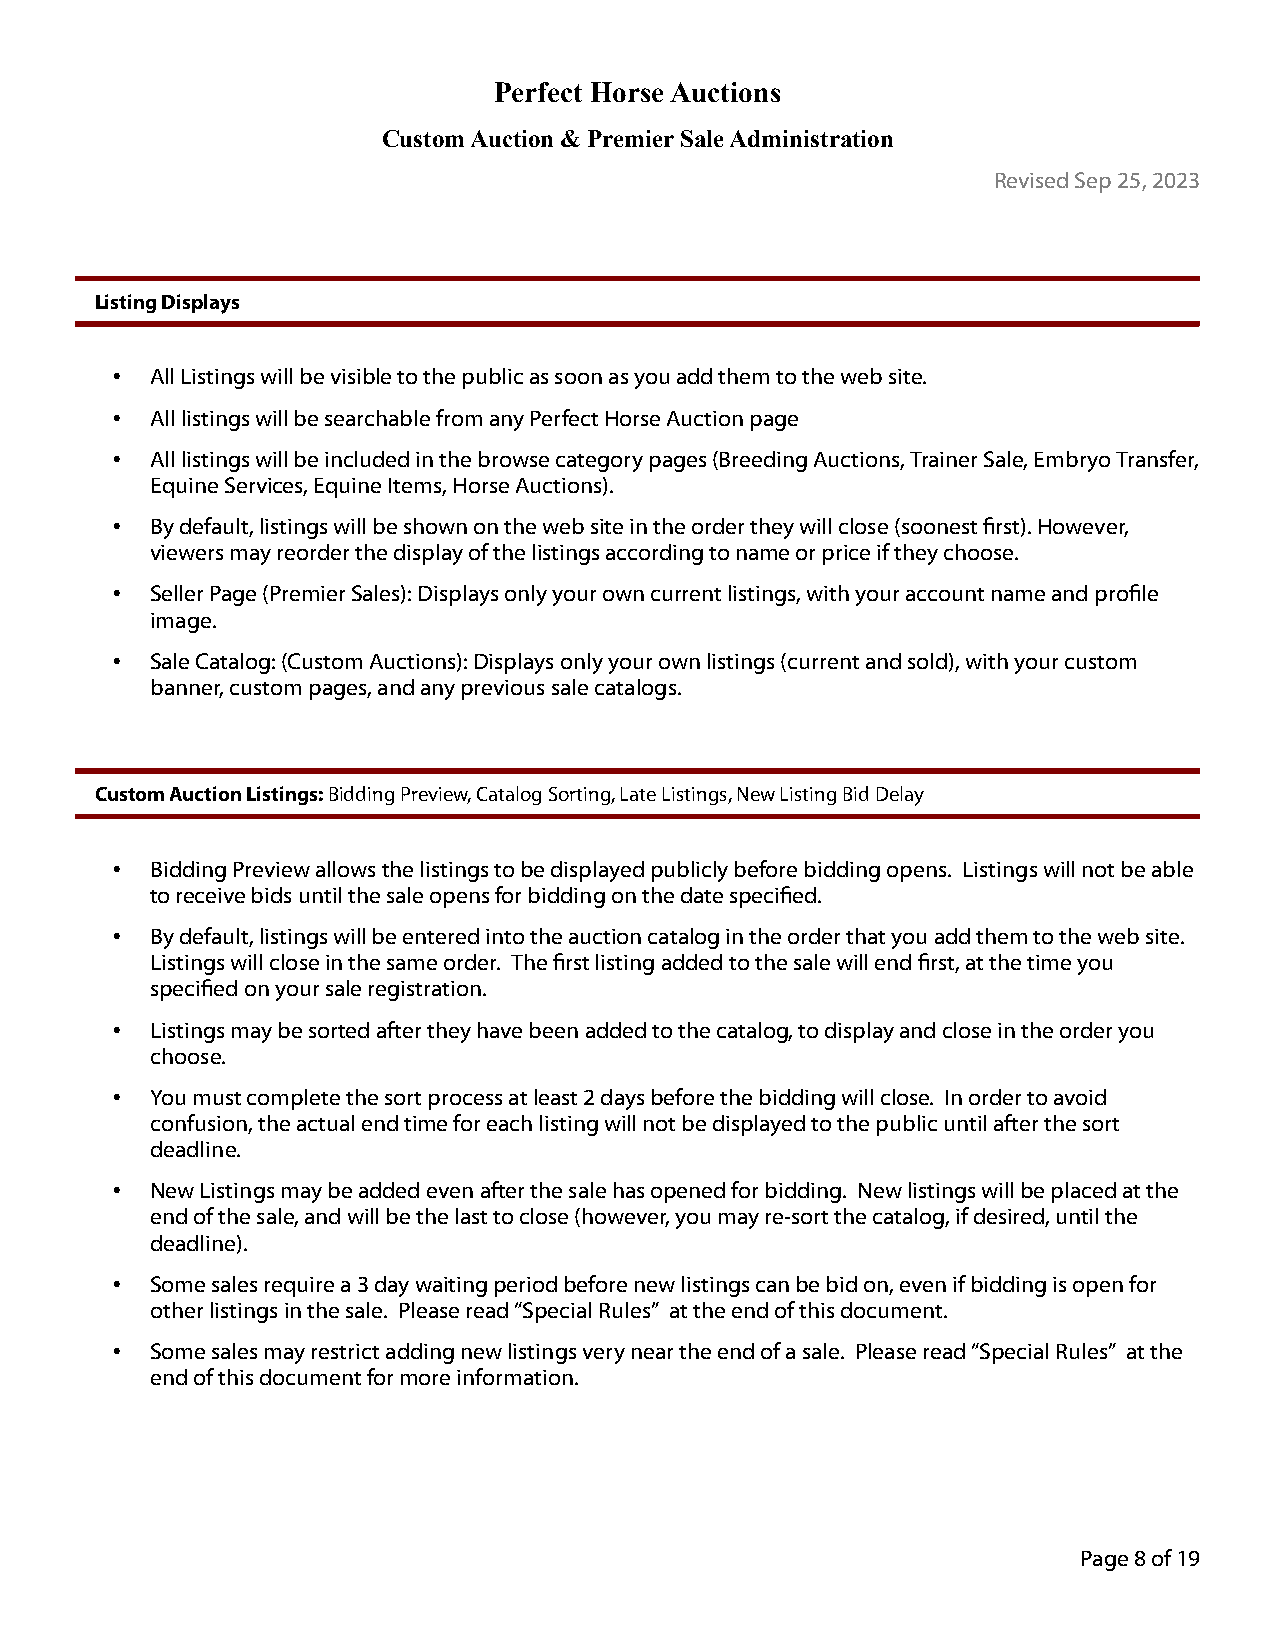
Perfect Horse Auctions
 Custom Auction & Premier Sale Administration
 Revised Sep 25, 2023
 Listing Displays
 •  All Listings will be visible to the public as soon as you add them to the web site.
 •  All listings will be searchable from any Perfect Horse Auction page
 •  All listings will be included in the browse category pages (Breeding Auctions, Trainer Sale, Embryo Transfer,
 Equine Services, Equine Items, Horse Auctions).
 •  By default, listings will be shown on the web site in the order they will close (soonest first). However,
 viewers may reorder the display of the listings according to name or price if they choose.
 •  Seller Page (Premier Sales): Displays only your own current listings, with your account name and profile
 image.
 •  Sale Catalog: (Custom Auctions): Displays only your own listings (current and sold), with your custom
 banner, custom pages, and any previous sale catalogs.
 Custom Auction Listings: Bidding Preview, Catalog Sorting, Late Listings, New Listing Bid Delay
 •  Bidding Preview allows the listings to be displayed publicly before bidding opens. Listings will not be able
 to receive bids until the sale opens for bidding on the date specified.
 •  By default, listings will be entered into the auction catalog in the order that you add them to the web site.
 Listings will close in the same order. The first listing added to the sale will end first, at the time you
 specified on your sale registration.
 •  Listings may be sorted after they have been added to the catalog, to display and close in the order you
 choose.
 •  You must complete the sort process at least 2 days before the bidding will close. In order to avoid
 confusion, the actual end time for each listing will not be displayed to the public until after the sort
 deadline.
 •  New Listings may be added even after the sale has opened for bidding. New listings will be placed at the
 end of the sale, and will be the last to close (however, you may re-sort the catalog, if desired, until the
 deadline).
 •  Some sales require a 3 day waiting period before new listings can be bid on, even if bidding is open for
 other listings in the sale. Please read “Special Rules” at the end of this document.
 •  Some sales may restrict adding new listings very near the end of a sale. Please read “Special Rules” at the
 end of this document for more information.
 Page 8 of 19